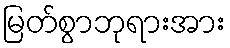
မြတ်စွာဘုရားအား